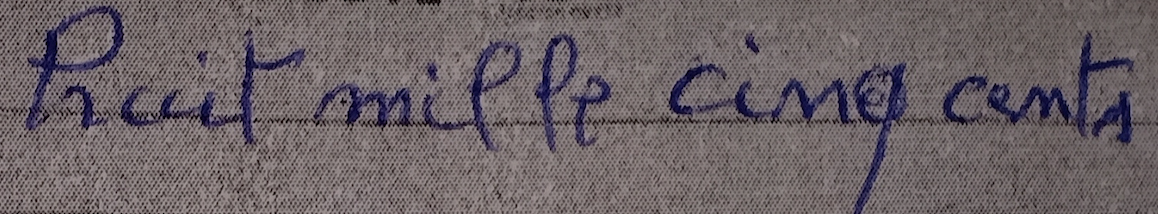
huit mille cinq cents